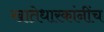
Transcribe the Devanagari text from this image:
खातेधारकांनींच